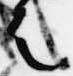
之